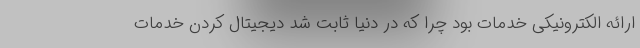
ارائه الکترونیکی خدمات بود چرا که در دنیا ثابت شد دیجیتال کردن خدمات